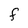
Character: F